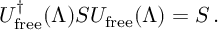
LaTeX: U _ { \mathrm { f r e e } } ^ { \dagger } ( \Lambda ) S U _ { \mathrm { f r e e } } ( \Lambda ) = S \, .